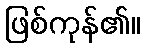
ဖြစ်ကုန်၏။